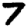
Digit: 7